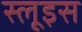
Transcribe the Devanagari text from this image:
स्लूइस